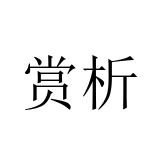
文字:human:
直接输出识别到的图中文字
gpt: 赏析